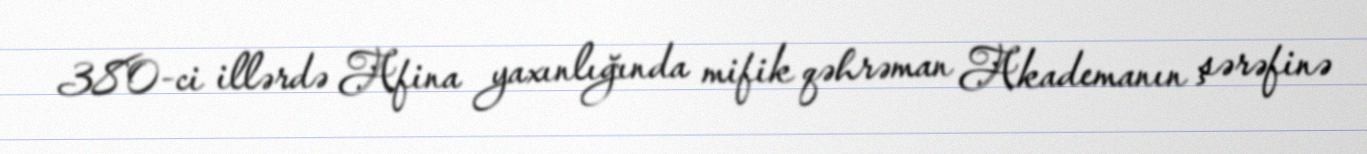
380-ci illərdə Afina yaxınlığında mifik qəhrəman Akademanın şərəfinə